Indian journal of veterinary science and animal husbandry - Volumes 26-27, 1956-1957
Year: 1956
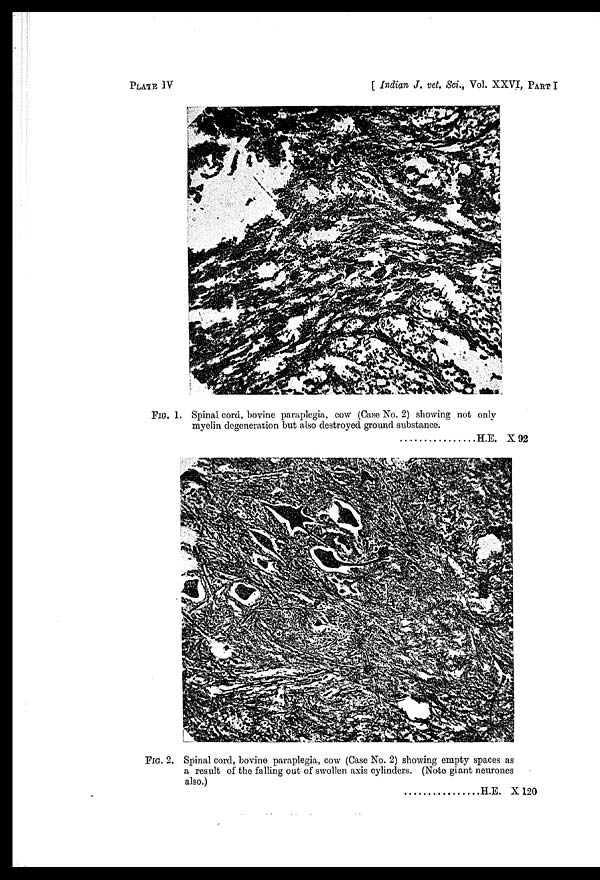
PLATE IV
[ Indian J. vet. Sci., Vol. XXVI, PART I
FIG. 1. Spinal cord, bovine paraplegia, cow (Case No. 2) showing not only
myelin degeneration but also destroyed ground substance.
H.E. X 92
FIG. 2. Spinal cord, bovine paraplegia, cow (Case No. 2) showing empty spaces as
a result of the falling out of swollen axis cylinders. (Note giant neurones
also.)
H.E. X 120